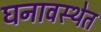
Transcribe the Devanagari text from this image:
घनावस्थेत